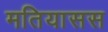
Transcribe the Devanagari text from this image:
मतियासस